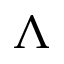
\Lambda